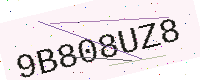
Text: 9B808UZ8